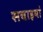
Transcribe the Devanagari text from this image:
सचाइयां